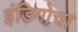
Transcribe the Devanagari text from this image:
इंडिगोचा